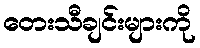
တေးသီချင်းများကို